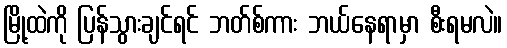
မြို့ထဲကို ပြန်သွားချင်ရင် ဘတ်စ်ကား ဘယ်နေရာမှာ စီးရမလဲ။